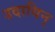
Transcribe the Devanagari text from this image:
उदायिन्